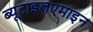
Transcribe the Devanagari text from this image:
ब्यूटाइलएमाइन